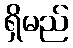
ရှိမည်